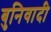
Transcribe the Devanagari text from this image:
बुनिवादी